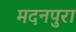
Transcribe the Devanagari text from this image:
मदनपुरा